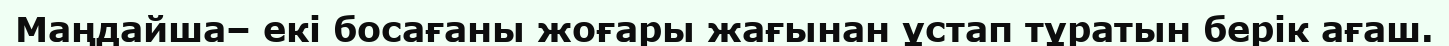
Маңдайша– екі босағаны жоғары жағынан ұстап тұратын берік ағаш.